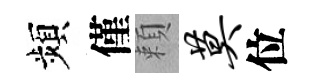
頻僅頼莫位